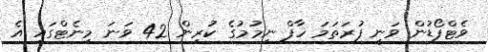
ވެޓްފޯޑުން ވަނީ ފުރަތަމަ ހާފް ނިމުމުގެ ކުރިން 42 ވަނަ މިނެޓްގައި އެ